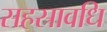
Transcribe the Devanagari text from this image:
सहस्रावधि